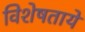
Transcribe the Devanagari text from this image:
विशेषताये